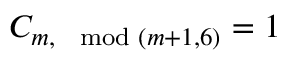
C _ { m , \mod ( m + 1 , 6 ) } = 1